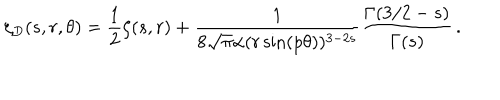
\zeta _ { D } ( s , r , \theta ) = \frac { 1 } { 2 } \zeta ( s , r ) + \frac { 1 } { 8 \sqrt \pi \alpha ( r \sin ( p \theta ) ) ^ { 3 - 2 s } } \frac { \Gamma ( 3 / 2 - s ) } { \Gamma ( s ) } \, { . }